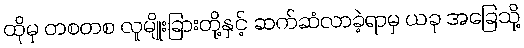
ထိုမှ တစတစ လူမျိုးခြားတို့နှင့် ဆက်ဆံလာခဲ့ရာမှ ယခု အခြေသို့